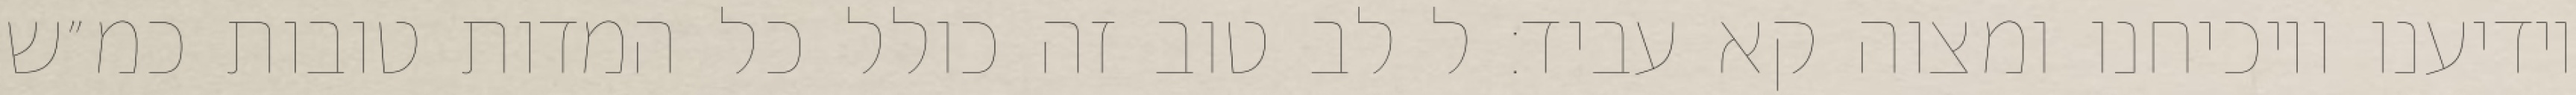
יודיענו ויוכיחנו ומצוה קא עביד: ל לב טוב זה כולל כל המדות טובות כמ״ש